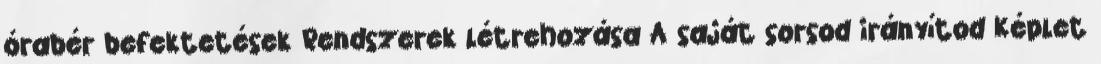
órabér befektetések Rendszerek létrehozása A saját sorsod irányítod Képlet